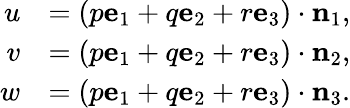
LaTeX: {\begin{array}{rl}{u}&{=(p\mathbf{e}_{1}+q\mathbf{e}_{2}+r\mathbf{e}_{3})\cdot\mathbf{n}_{1},}\\ {v}&{=(p\mathbf{e}_{1}+q\mathbf{e}_{2}+r\mathbf{e}_{3})\cdot\mathbf{n}_{2},}\\ {w}&{=(p\mathbf{e}_{1}+q\mathbf{e}_{2}+r\mathbf{e}_{3})\cdot\mathbf{n}_{3}.}\end{array}}